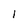
Character: l